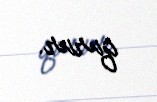
qurur.